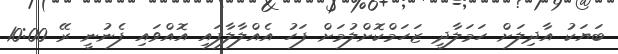
ބަޔަކު އާދިލަށް ހަމަލާދީ ޒަހަމްކޮށްލުމަށް ފަހު އެއްލާލާފައި އޮއްވައި ފެނުނީ ރޭ 10:00